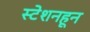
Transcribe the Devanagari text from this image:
स्टेशनहून